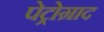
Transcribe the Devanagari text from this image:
पेट्रोग्राद